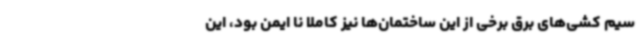
سیم کشی‌های برق برخی از این ساختمان‌ها نیز کاملا نا ایمن بود، این